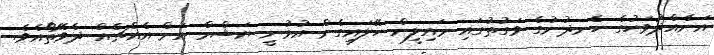
އަނެއްދުވަހުގެ ހެނދުނުގެ ވަގުތުގައި މައިލީން ހޭލައިގެން އުޅުނީ ޔަޝްމް އަށް އެއްޗެއް ދެވޭތޯއެވެ.